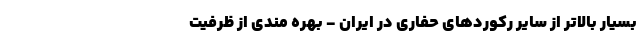
بسیار بالاتر از سایر رکوردهای حفاری در ایران - بهره مندی از ظرفیت